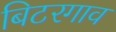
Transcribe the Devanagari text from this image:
बिटरगाव